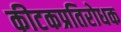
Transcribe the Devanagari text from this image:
कीटकप्रतिरोधक